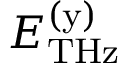
E _ { \mathrm { T H z } } ^ { \mathrm { ( y ) } }